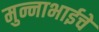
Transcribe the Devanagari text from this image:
मुन्नाभाईचे